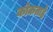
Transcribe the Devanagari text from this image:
कोकताहे